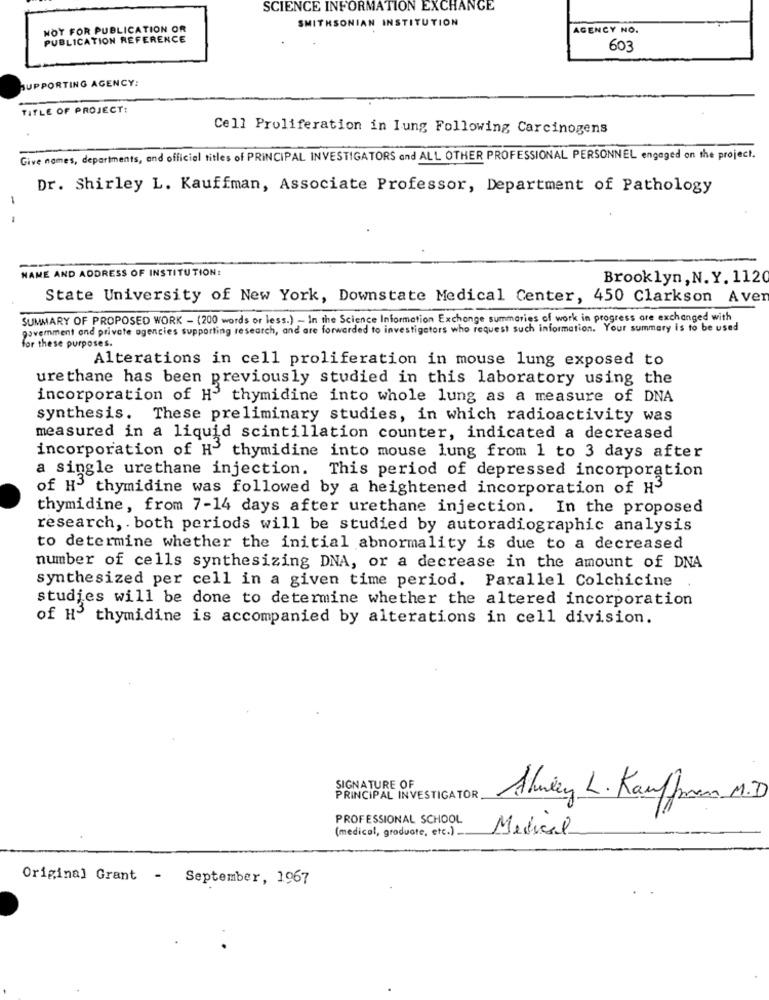
SCIENCE INFORMATION EXCHANGE
SMITHSONIAN INSTITUTION
NOT FOR PUBLICATION OR
AGENCY NO.
PUBLICATION REFERENCE
603
SUPPORTING AGENCY:
TITLE OF PROJECT:
Cell Proliferation in Iung Following Carcinogens
Give names, departments, and official titles of PRINCIPAL INVESTIGATORS and ALL OTHER PROFESSIONAL PERSONNEL engaged on the project.
Dr. Shirley L. Kauffman, Associate Professor, Department of Pathology
-
NAME AND ADDRESS OF INSTITUTION:
Brooklyn , N. Y. 112
State University of New York, Downstate Medical Center, 450 Clarkson Aver
SUMMARY OF PROPOSED WORK - (200 words or less.) - In the Science Information Exchange summaries of work in progress are exchanged with
government and private agencies supporting research, and are forwarded to investigators who request such information. Your summary is to be used
for these purposes.
Alterations in cell proliferation in mouse lung exposed to
urethane has been previously studied in this laboratory using the
incorporation of H' thymidine into whole lung as a measure of DNA
synthesis. These preliminary studies, in which radioactivity was
measured in a liquid scintillation counter, indicated a decreased
incorporation of H3 thymidine into mouse lung from 1 to 3 days after
a single urethane injection. This period of depressed incorporation
of H3 thymidine was followed by a heightened incorporation of H3
thymidine, from 7-14 days after urethane injection. In the proposed
research, . both periods will be studied by autoradiographic analysis
to determine whether the initial abnormality is due to a decreased
number of cells synthesizing DNA, or a decrease in the amount of DNA
synthesized per cell in a given time period. Parallel Colchicine
studies will be done to determine whether the altered incorporation
of H3 thymidine is accompanied by alterations in cell division.
SIGNATURE OF
PRINCIPAL INVESTIGATOR
Alwien L. Kaufman M.
PROFESSIONAL SCHOOL
(medical, graduate, etc.) _
Medical
Original Grant - September, 1967